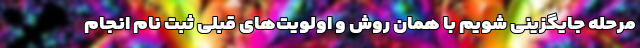
مرحله جایگزینی شویم با همان روش و اولویت‌های ‌قبلی ثبت نام انجام